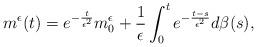
LaTeX: \begin{align*}m^\epsilon(t)=e^{-\frac{t}{\epsilon^2}}m_0^\epsilon+\frac{1}{\epsilon}\int_{0}^{t}e^{-\frac{t-s}{\epsilon^2}}d\beta(s),\end{align*}